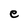
Character: e